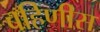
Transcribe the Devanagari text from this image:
बहिणीस